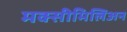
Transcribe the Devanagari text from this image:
मक्सीमिलिअन